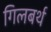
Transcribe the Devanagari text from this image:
गिलबर्थ